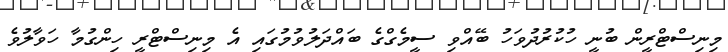
މިނިސްޓްރީން ބުނީ ހުކުރުދުވަހު ބޭއްވި ސީމެގްގެ ބައްދަލުވުމުގައި އެ މިނިސްޓްރީ ހިންގުމާ ހަވާލުވެ